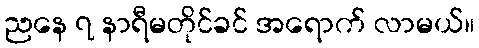
ညနေ ၇ နာရီမတိုင်ခင် အရောက် လာမယ်။